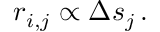
r _ { i , j } \propto \Delta s _ { j } \, .